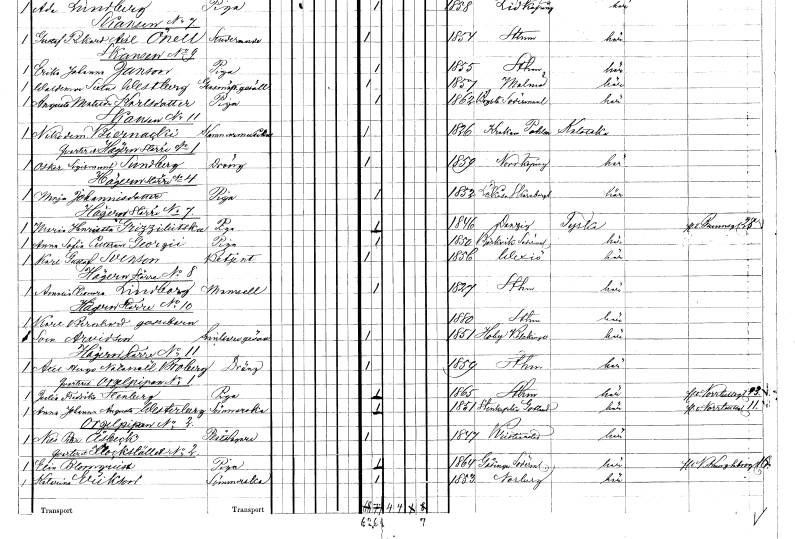
gt_parse: households: individuals: FN: Nikodemus
EN: Biernacki
YRKE: Kammarmusiker
KON: M
CIV: O
FODAR: 1826
FN: Oskar Sigismund
EN: Sundberg
YRKE: Dräng
KON: M
CIV: O
FODAR: 1859
FODFORS: Norrköping Östergötlands län
FN: Maja
EN: Johannisdotter
YRKE: Piga
KON: K
CIV: O
FODAR: 1852
FODFORS: Lekåsa Skaraborgs län
FN: Maria Henrietta
EN: Grizzilitska
YRKE: Piga
KON: K
CIV: O
FODAR: 1846
FN: Anna Sofia
EN: Petterson Georgii
YRKE: Piga
KON: K
CIV: O
FODAR: 1850
FODFORS: Björkvik Södermanlands län
FN: Karl Gustaf
EN: Svenson
YRKE: Betjänt
KON: M
CIV: O
FODAR: 1856
FODFORS: Växjö Kronobergs län
FN: Amalia Eleonora
EN: Lindborg
KON: K
CIV: O
FODAR: 1827
FODFORS: Stockholm
FN: Karl Bernhard
KON: M
CIV: O
FODAR: 1880
FODFORS: Stockholm
FN: Sven
EN: Arvidson
YRKE: Snickaregesäll
KON: M
CIV: O
FODAR: 1851
FODFORS: Hoby Blekinge län
FN: Axel Hugo Natanaël
EN: Broberg
YRKE: Dräng
KON: M
CIV: O
FODAR: 1859
FODFORS: Stockholm
FN: Julia Fredrika
EN: Stenberg
YRKE: Piga
KON: K
CIV: O
FODAR: 1865
FODFORS: Stockholm
FN: Anna Johanna Augusta
EN: Westerberg
YRKE: Sömmerska
KON: K
CIV: O
FODAR: 1851
FODFORS: Stenkyrka Gotlands län
FN: Nils Peter
EN: Åsbeck
YRKE: Plåtslagare
KON: M
CIV: O
FODAR: 1847
FODFORS: Kristianstad Kristianstads län
FN: Elin
EN: Blomqvist
YRKE: Piga
KON: K
CIV: O
FODAR: 1864
FODFORS: Gåsinge Södermanlands län
FN: Katarina
EN: Erikson
YRKE: Sömmerska
KON: K
CIV: O
FODAR: 1853
FODFORS: Norberg Västmanlands län